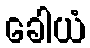
ခေါယံ